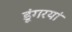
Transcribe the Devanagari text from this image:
डूंगरयां